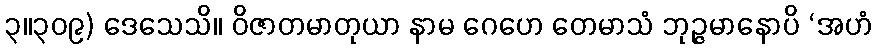
၃။၃၀၉) ဒေသေသိ။ ဝိဇာတမာတုယာ နာမ ဂေဟေ တေမာသံ ဘုဉ္ဇမာနောပိ ‘အဟံ